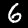
Digit: 6